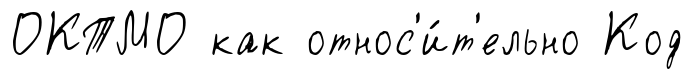
ОКТМО как относ'и́т'ельно Код